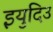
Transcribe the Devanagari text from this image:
इयुदिउ